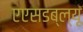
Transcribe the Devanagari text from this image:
एएसडब्ल्यू